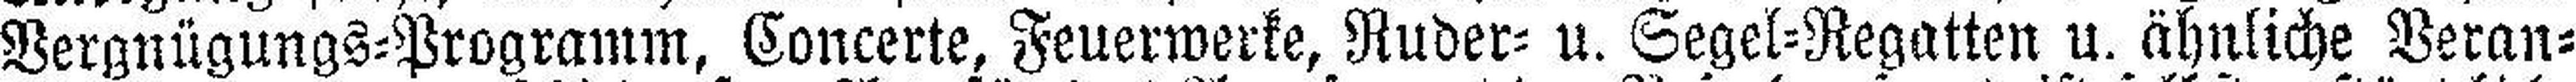
Vergnügungs=Programm, Concerte, Feuerwerke, Ruder= u. Segel=Regatten u. ähnliche Veran¬